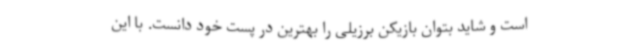
است و شاید بتوان بازیکن برزیلی را بهترین در پست خود دانست. با این